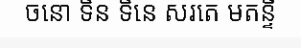
ចនោ ទិន ទិនេ សរតេ មតន្ទី